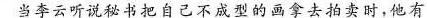
当李云听说秘书把自己不成型的画拿去拍实时，他有